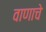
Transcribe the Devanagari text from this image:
वाणाचे